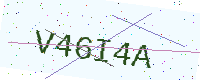
Text: V46I4A